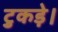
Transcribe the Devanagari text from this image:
टुकड़े।